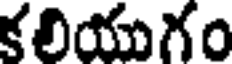
కలియుగం